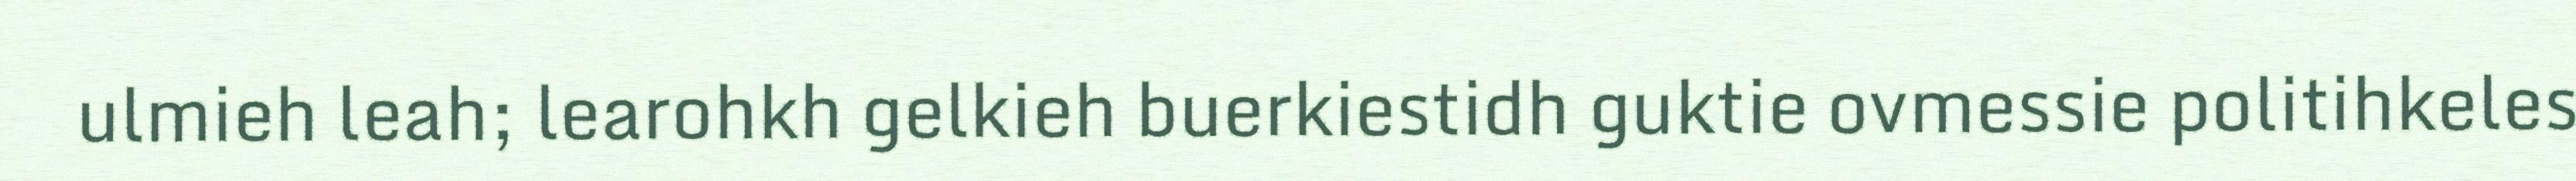
ulmieh leah; learohkh gelkieh buerkiestidh guktie ovmessie politihkeles